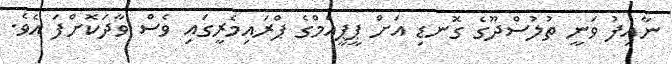
ނާއިފު ވަނީ ތުލުސްދޫގެ ގޮނޑި އަށް ޕީޕީއެމްގެ ޕްރައިމެރީގައި ވެސް ވާދަކޮށްފަ އެވެ.